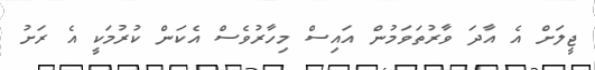
ޖީލަށް އެ އާދަ ވާރުތަވަމުން އައިސް މިހާރުވެސް އެކަން ކުރުމަކީ އެ ރަށު